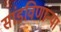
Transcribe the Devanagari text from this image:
सांडविणाऱ्या